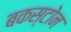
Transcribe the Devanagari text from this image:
बकस्टोन